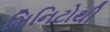
મિનિટોથી